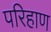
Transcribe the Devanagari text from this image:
परिहाण